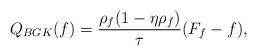
LaTeX: \begin{align*}Q_{BGK}(f) = \frac{\rho_f(1-\eta \rho_f)}{\tau}(F_f-f),\end{align*}